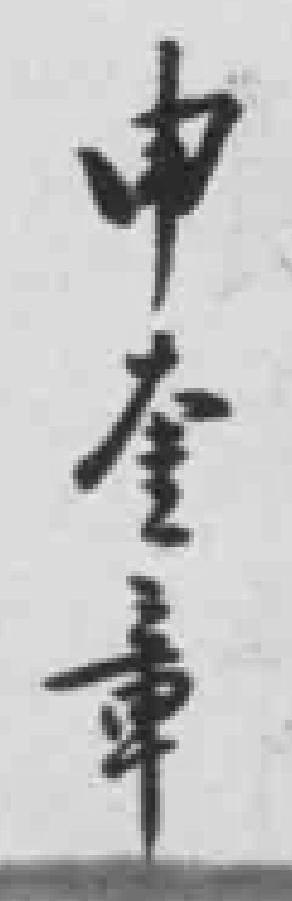
申奎章